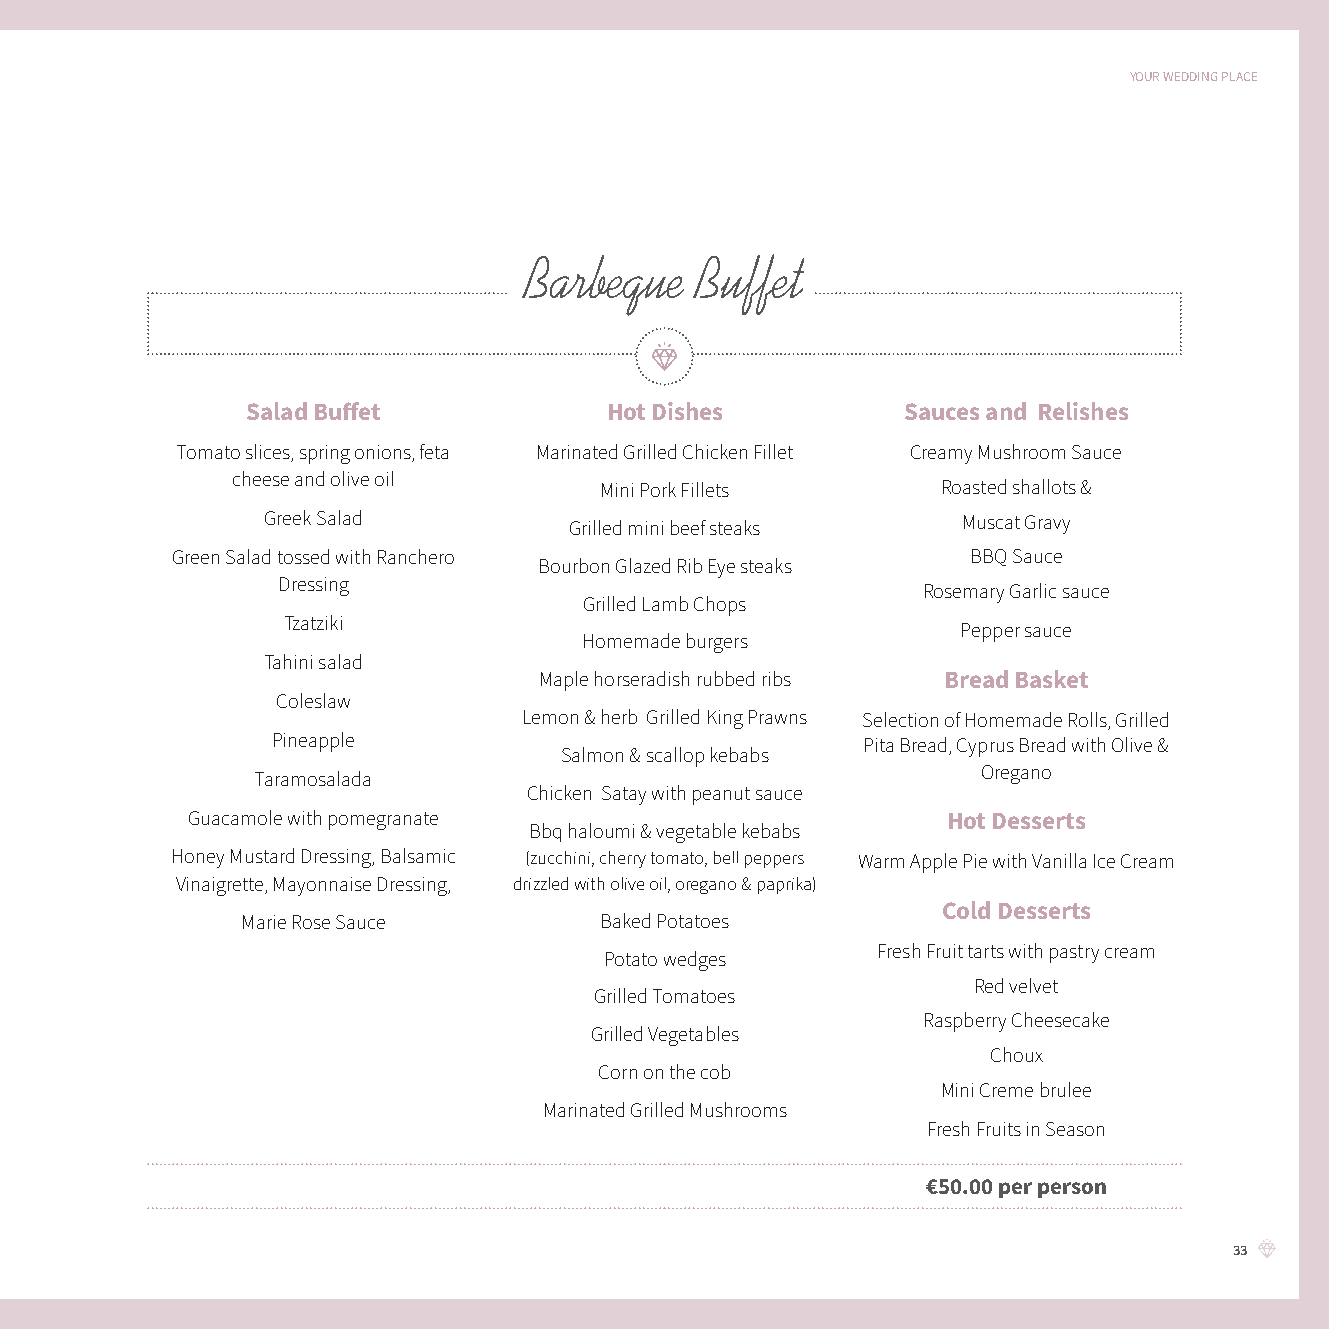
YOUR WEDDING PLACE
 Barbeque   Buffet
 Salad Buff et           Hot Dishes          Sauces and Relishes
 Tomato slices, spring onions, feta Marinated Grilled Chicken Fillet Creamy Mushroom Sauce
 cheese and olive oil
 Mini Pork Fillets     Roasted shallots &
 Greek Salad          Grilled mini beef steaks  Muscat Gravy
 Green Salad tossed with Ranchero                     BBQ Sauce
 Bourbon Glazed Rib Eye steaks
 Dressing
 Rosemary Garlic sauce
 Grilled Lamb Chops
 Tzatziki
 Pepper sauce
 Homemade burgers
 Tahini salad
 Maple horseradish rubbed ribs Bread Basket
 Coleslaw
 Lemon & herb Grilled King Prawns Selection of Homemade Rolls, Grilled
 Pineapple                              Pita Bread, Cyprus Bread with Olive &
 Salmon & scallop kebabs
 Oregano
 Taramosalada
 Chicken Satay with peanut sauce
 Guacamole with pomegranate                         Hot Desserts
 Bbq haloumi & vegetable kebabs
 Honey Mustard Dressing, Balsamic (zucchini, cherry tomato, bell peppers Warm Apple Pie with Vanilla Ice Cream
 Vinaigrette, Mayonnaise Dressing, drizzled with olive oil, oregano & paprika)
 Cold Desserts
 Marie Rose Sauce        Baked Potatoes
 Fresh Fruit tarts with pastry cream
 Potato wedges
 Red velvet
 Grilled Tomatoes
 Raspberry Cheesecake
 Grilled Vegetables
 Choux
 Corn on the cob
 Mini Creme brulee
 Marinated Grilled Mushrooms
 Fresh Fruits in Season
 €50.00 per person
 33